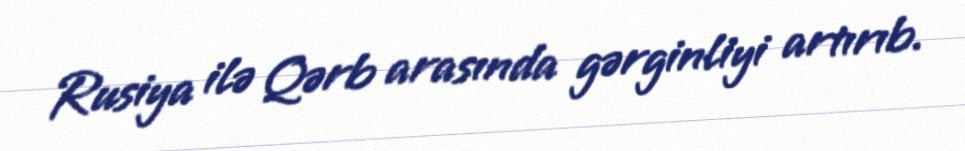
Rusiya ilə Qərb arasında gərginliyi artırıb.